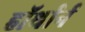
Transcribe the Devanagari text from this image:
हॉर्थार्न